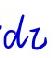
\(dz\)